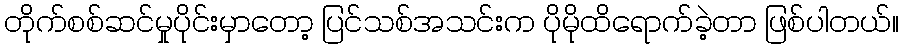
တိုက်စစ်ဆင်မှုပိုင်းမှာတော့ ပြင်သစ်အသင်းက ပိုမိုထိရောက်ခဲ့တာ ဖြစ်ပါတယ်။